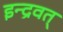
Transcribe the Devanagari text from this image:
इन्द्रवत्